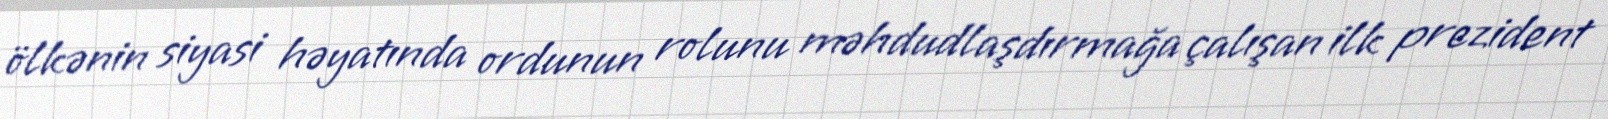
ölkənin siyasi həyatında ordunun rolunu məhdudlaşdırmağa çalışan ilk prezident